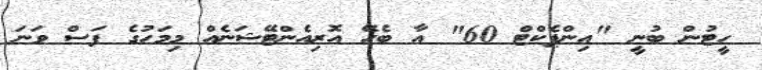
ހީޓުން ބުނީ "އިންޕެކްޓް 60" އާ ބެހޭ އޮރިއެންޓޭޝަނެއް މިމަހުގެ ފަސް ވަނަ